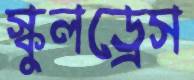
স্কুলড্রেস